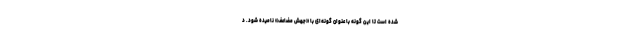
شده است تا این گونه با عنوان گونه‌ای با «جهش مضاعف» نامیده شود. د